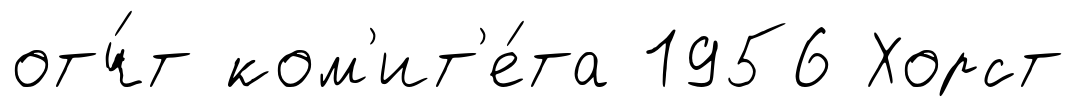
отч́т ком'ит'е́та 1956 Хорст